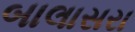
બાલાસરા